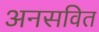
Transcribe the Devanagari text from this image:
अनसवित